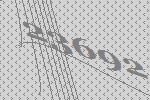
23692